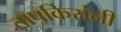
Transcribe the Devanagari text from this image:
तापकिरांनी